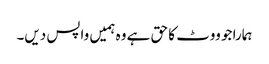
ہمارا جو ووٹ کا حق ہے وہ ہمیں واپس دیں۔